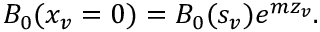
B _ { 0 } ( x _ { v } = 0 ) = B _ { 0 } ( s _ { v } ) e ^ { m z _ { v } } .